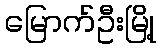
မြောက်ဦးမြို့